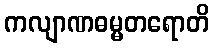
ကလျာဏဓမ္မတရောတိ